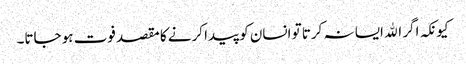
کیونکہ اگر الله ایسا نہ کرتا تو انسان کو پیدا کرنے کا مقصد فوت ہو جاتا۔